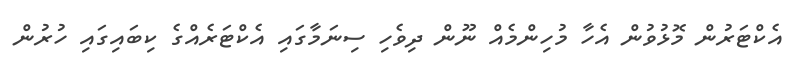
އެކްޓަރުން މޮޅުވުން އެހާ މުހިންމެއް ނޫން ދިވެހި ސިނަމާގައި އެކްޓަރެއްގެ ކިބައިގައި ހުރުން